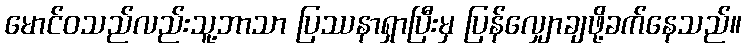
မောင်ဝသည်လည်းသူ့ဘာသာ ပြဿနာရှာပြီးမှ ပြန်လျှောချဖို့ခက်နေသည်။